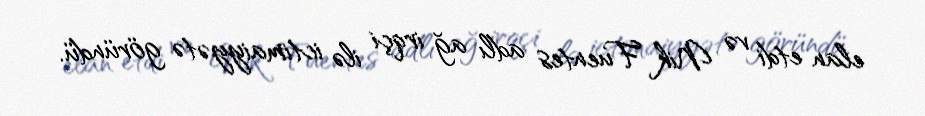
elan etdi və Nik Fuentes adlı ağ irqçi ilə ictimaiyyətə göründü.